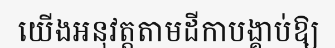
យើងអនុវត្តតាមដីកាបង្គាប់ឱ្យ